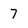
Character: 7